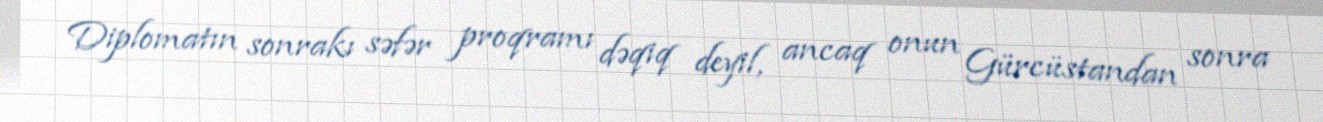
Diplomatın sonrakı səfər proqramı dəqiq deyil, ancaq onun Gürcüstandan sonra